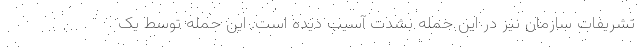
تشریفات سازمان نیز در این حمله بشدت آسیب دیده است. این حمله توسط یک